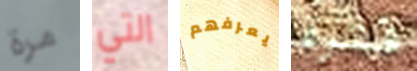
مرة التي يعرفهم فترة